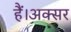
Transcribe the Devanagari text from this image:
हैं।अक्सर